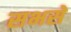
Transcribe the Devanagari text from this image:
सभसे